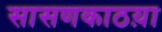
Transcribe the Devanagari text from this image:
सासणकाठय़ा